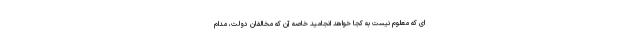
ای که معلوم نیست به کجا خواهد انجامید خاصه آن که مخالفان دولت، مدام